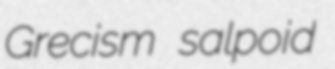
Grecism salpoid